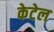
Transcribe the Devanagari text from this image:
केटेल